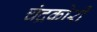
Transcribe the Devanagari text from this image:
चंद्रकोरी